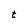
Character: t